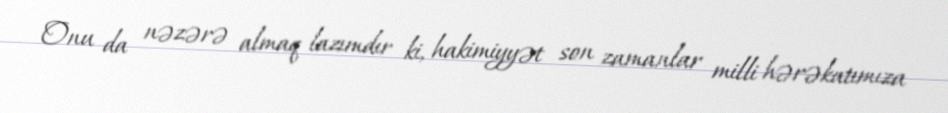
Onu da nəzərə almaq lazımdır ki, hakimiyyət son zamanlar milli hərəkatımıza